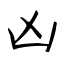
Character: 凶